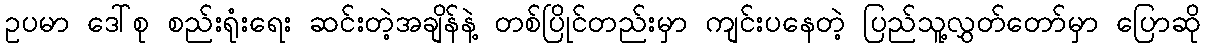
ဥပမာ ဒေါ်စု စည်းရုံးရေး ဆင်းတဲ့အချိန်နဲ့ တစ်ပြိုင်တည်းမှာ ကျင်းပနေတဲ့ ပြည်သူ့လွှတ်တော်မှာ ပြောဆို